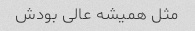
مثل همیشه عالی بودش